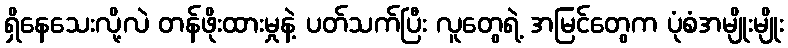
ရှိနေသေးလို့လဲ တန်ဖိုးထားမှုနဲ့ ပတ်သက်ပြီး လူတွေရဲ့ အမြင်တွေက ပုံစံအမျိုးမျိုး